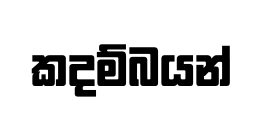
කදම්බයන්